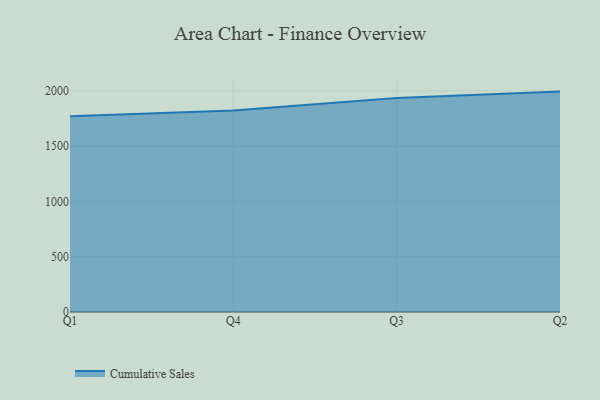
{"axis": {"x": "Quarter", "y": "Production Output"}, "legend": ["Cumulative Sales"], "data": [{"x": "Q1", "y": 1770.8, "type": "Cumulative Sales"}, {"x": "Q4", "y": 1822.3, "type": "Cumulative Sales"}, {"x": "Q3", "y": 1933.8, "type": "Cumulative Sales"}, {"x": "Q2", "y": 1992.7, "type": "Cumulative Sales"}]}